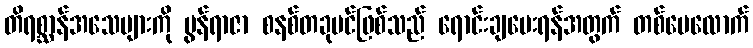
တိရစ္ဆာန်အသေများကို မွန်ရာဇာ စနစ်တခုပင်ဖြစ်သည် ရောင်းချပေးရန်အတွက် တစ်ပေလောက်